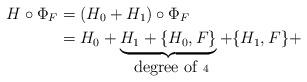
LaTeX: \begin{align*} H\circ \Phi_F &= (H_0 + H_1) \circ \Phi_F \\& = H_0 +\underbrace{ H_1 + \{ H_0, F\}}_{\mbox{ degree of } 4} + \{ H_1, F\} + \end{align*}